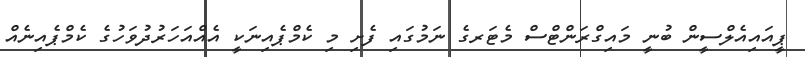
ޕީއައިއެލްސީން ބުނީ މައިގްރަންޓްސް މެޓަރގެ ނަމުގައި ފެށި މި ކެމްޕެއިނަކީ އެއްއަހަރުދުވަހުގެ ކެމްޕެއިނެއް